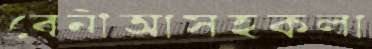
বেনীআসহকলা